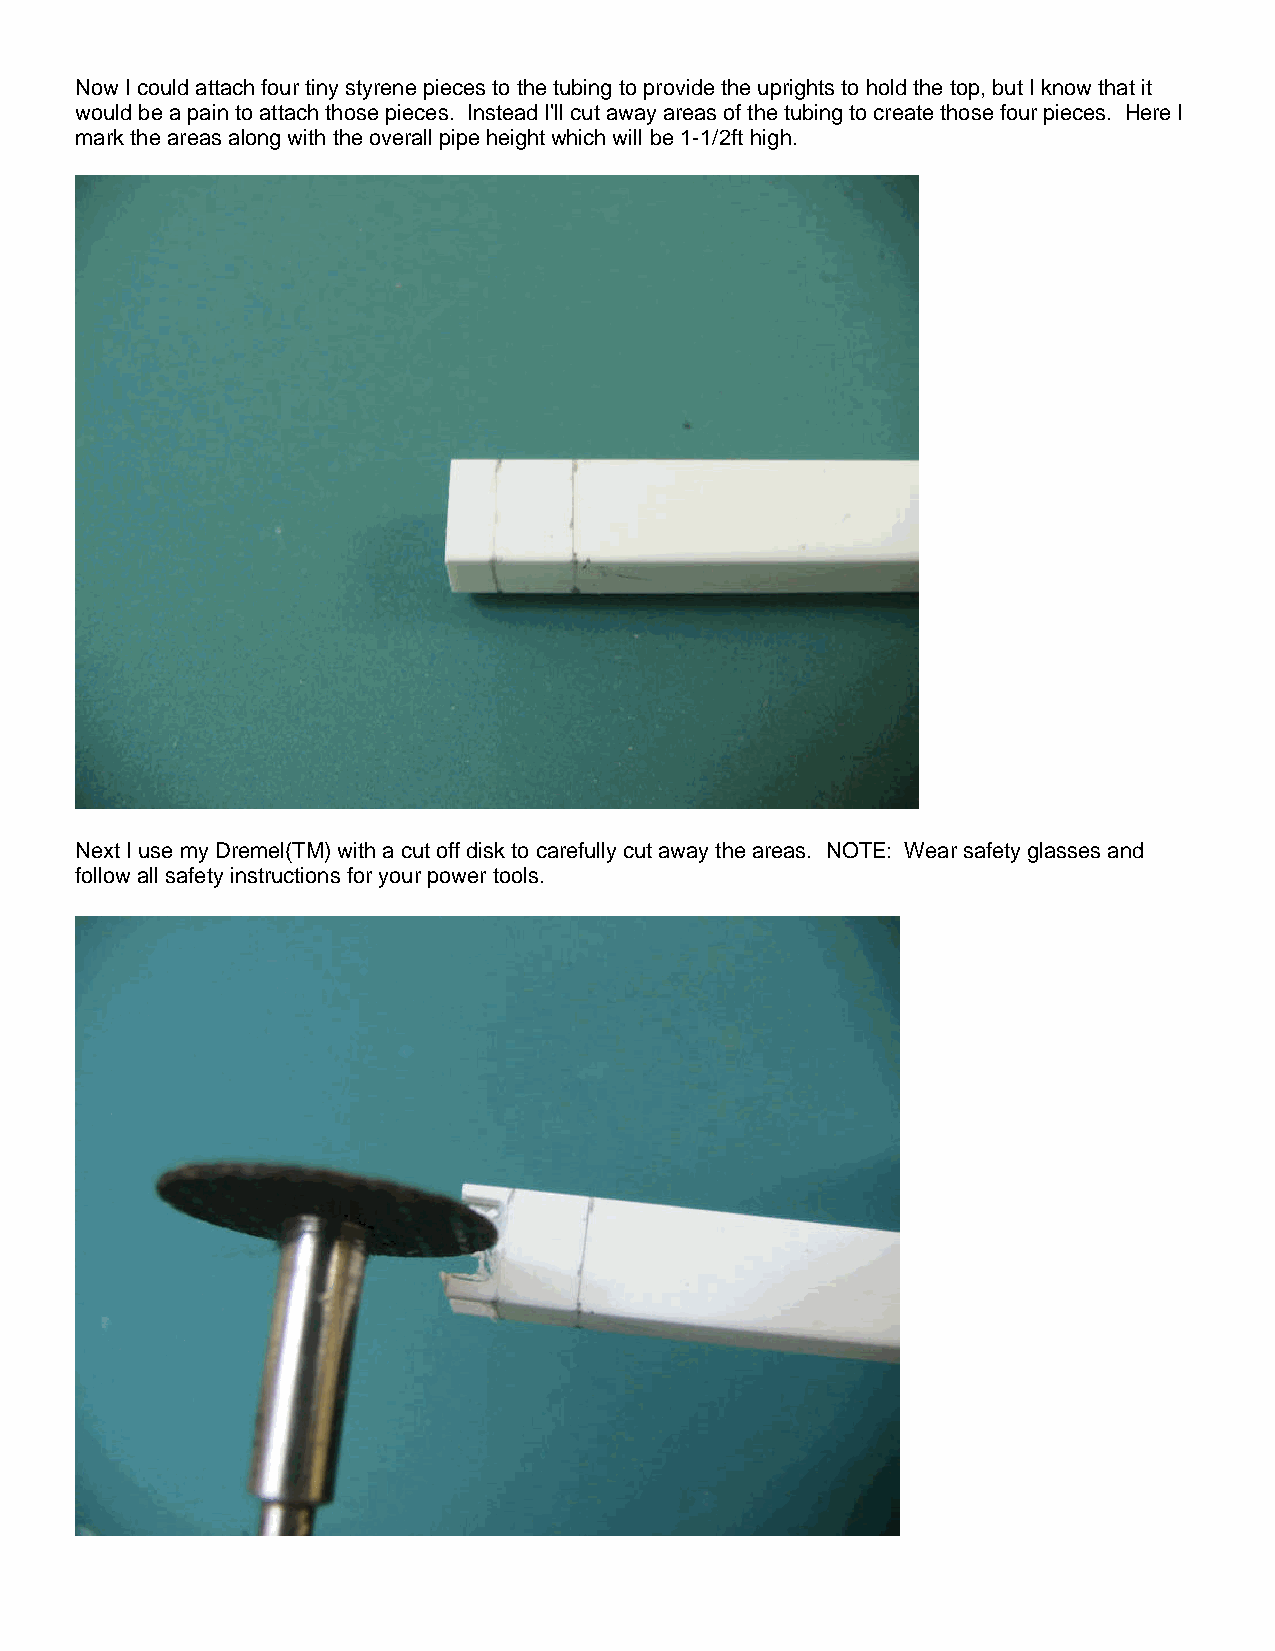
Now I could attach four tiny styrene pieces to the tubing to provide the uprights to hold the top, but I know that it
 would be a pain to attach those pieces. Instead I'll cut away areas of the tubing to create those four pieces. Here I
 mark the areas along with the overall pipe height which will be 1-1/2ft high.
 Next I use my Dremel(TM) with a cut off disk to carefully cut away the areas. NOTE: Wear safety glasses and
 follow all safety instructions for your power tools.